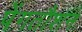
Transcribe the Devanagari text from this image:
पेंगतौशन